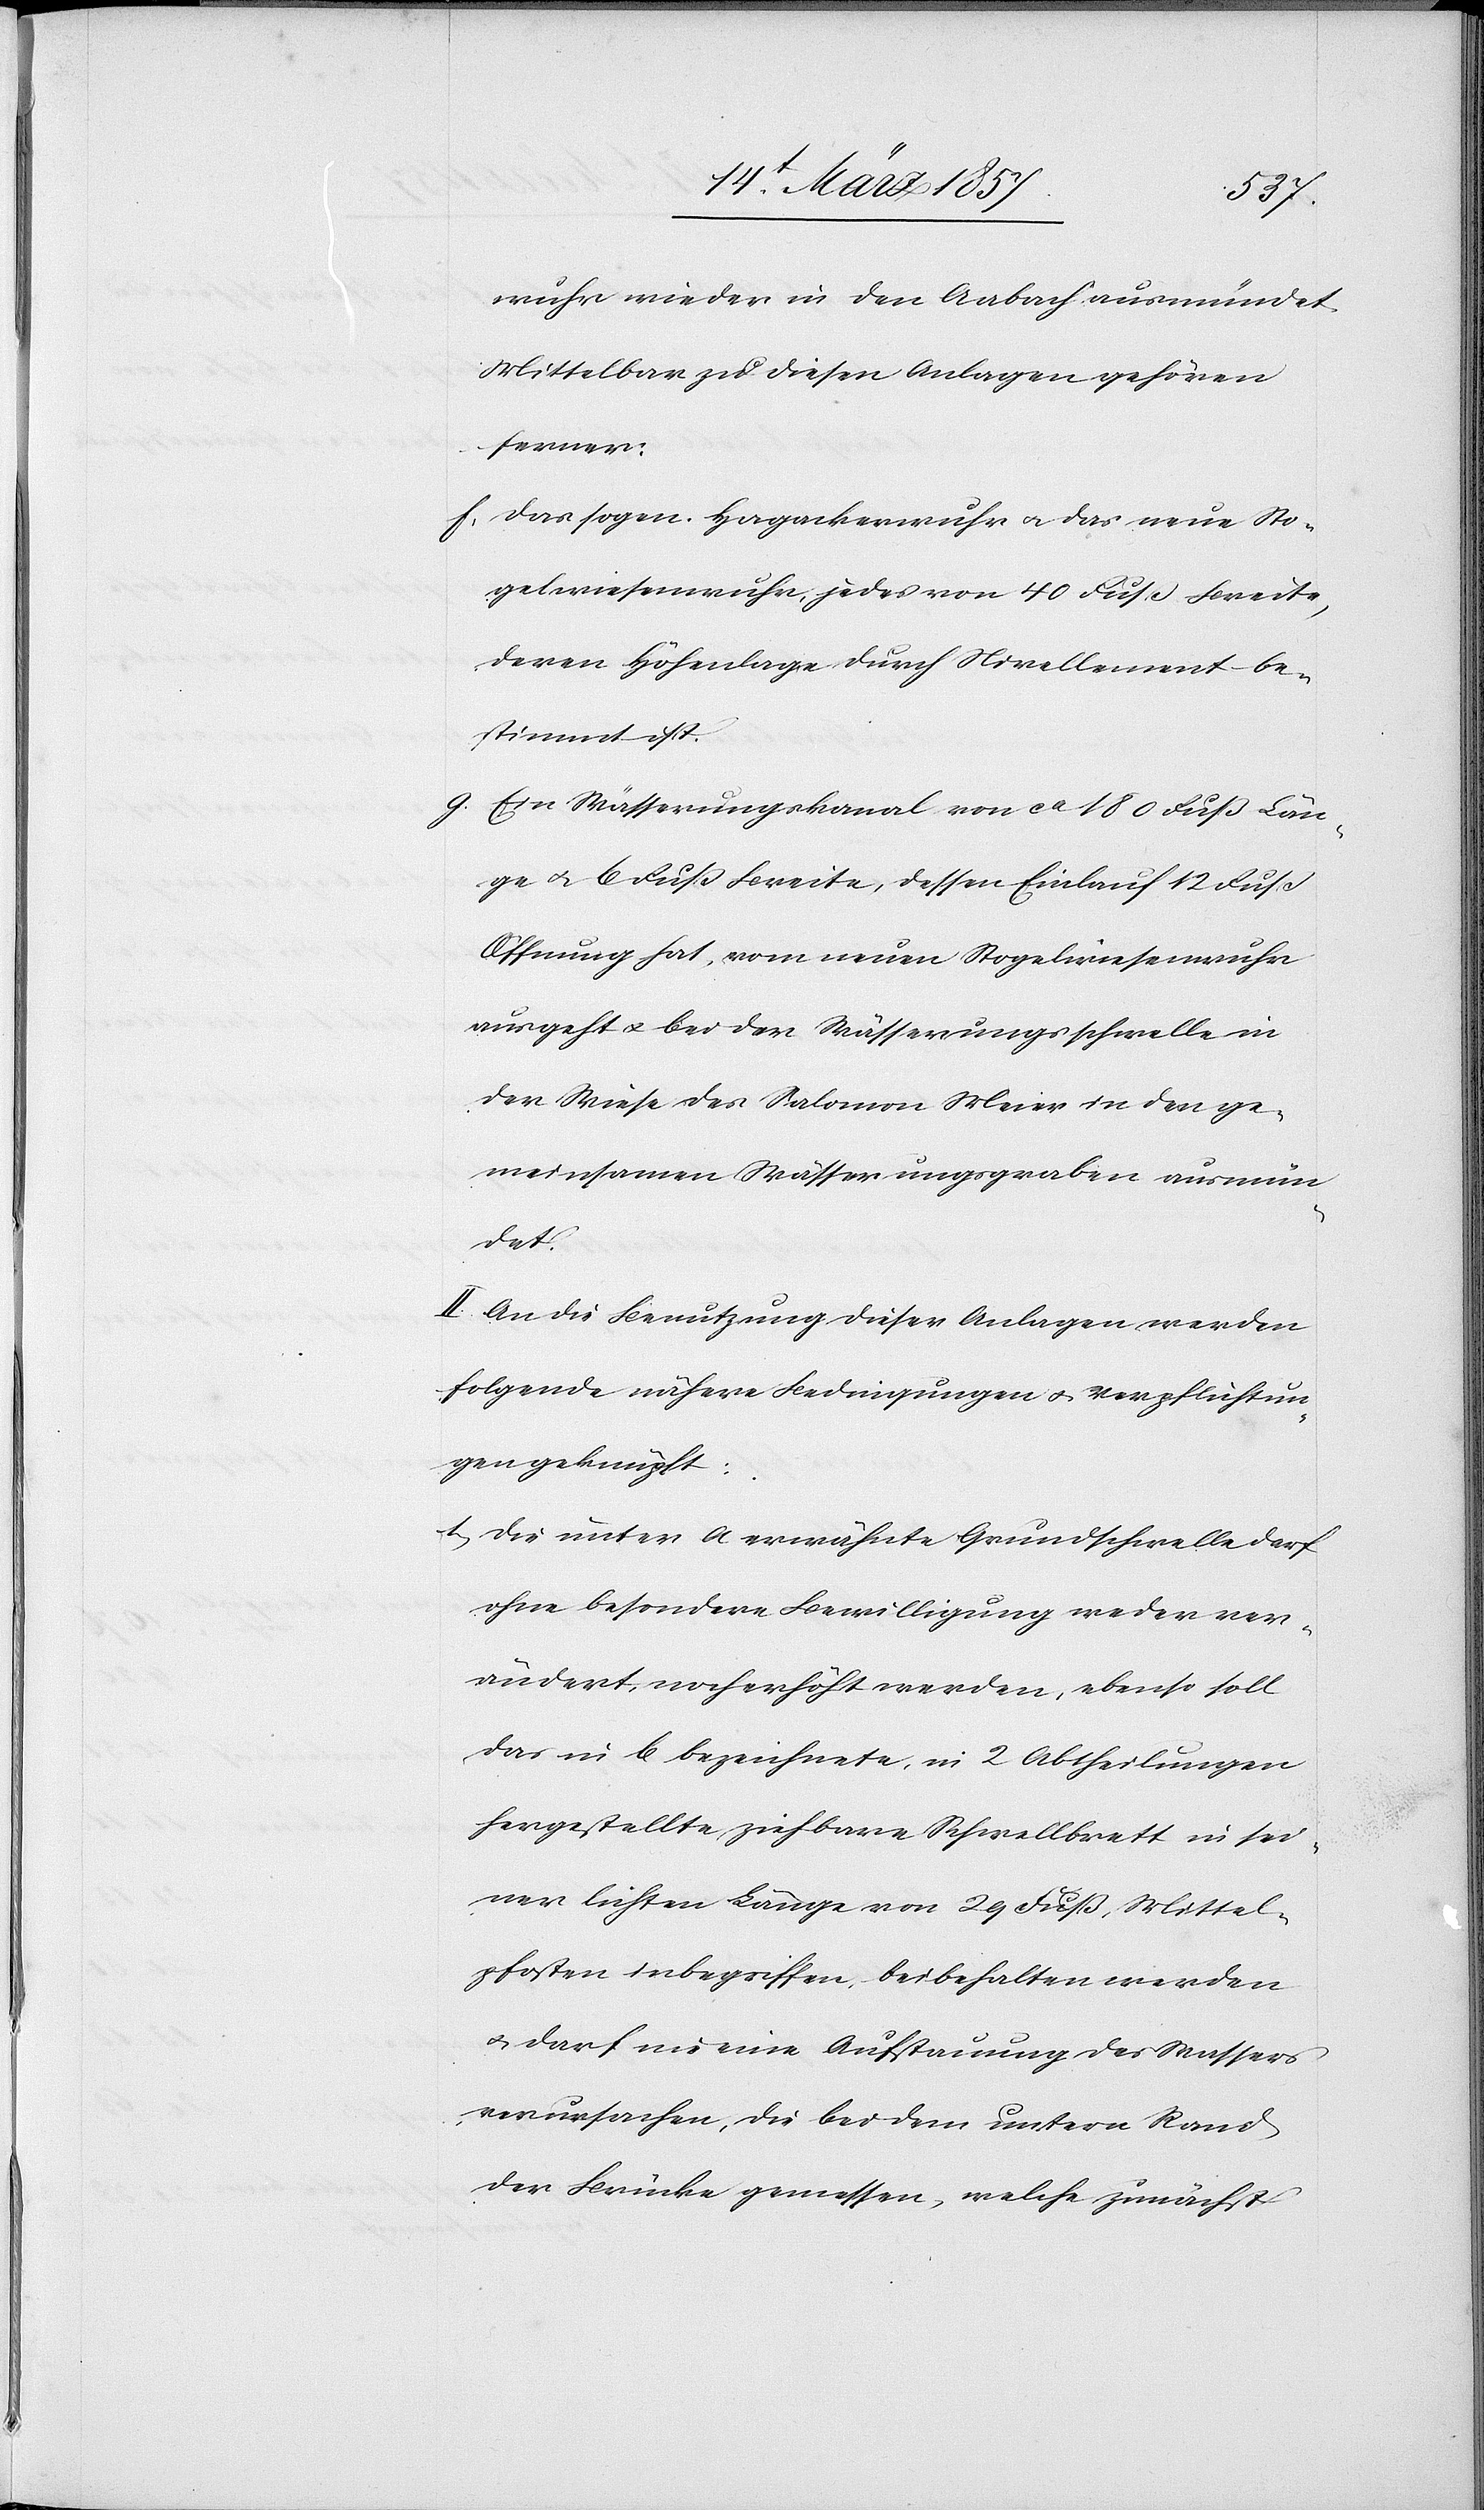
wuhr wieder in den Aabach ausmündet.
Mittelbar zu diesen Anlagen gehören:
f. das sogen. Hagackerwuhr u. das neue Sto¬
gelwiesenwuhr, jedes von 40 Fuß Breite,
deren Höhenlage durch Nivellement be¬
stimmt ist.
g. Ein Wässerungskanal von ca 180 Fuß Län¬
ge u. 6 Fuß Breite, dessen Einlauf 12 Fuß
Offnung hat, vom neuen Stogelwiesenwuhr
ausgeht u. bei der Wässerungsschwelle in
der Wiese des Salomon Meier in den ge¬
meinsamen Wässerungsgraben ausmün¬
det.
II. An die Benutzung dieser Anlagen werden
folgende nähere Bedingungen u. Verpflichtun¬
gen geknüpft:
1. Die unter a erwähnte Grundschwelle darf
ohne besondere Bewilligung weder ver¬
ändert, noch erhöht werden, ebenso soll
das in b bezeichnete, in 2 Abtheilungen
hergestellte ziehbare Schwellbrett in sei¬
ner lichten Länge von 29 Fuß Mittel¬
pfosten inbegriffen, beibehalten werden
u. darf nie eine Aufstauung des Wassers
verursachen, die bei dem untern Rand
der Brücke gemessen, welche zunächst